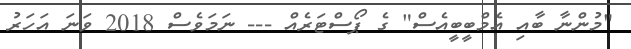
"މުންނާ ބާއި އެމްބީބީއެސް" ގެ ޕޯސްޓަރެއް --- ނަމަވެސް 2018 ވަނަ އަހަރު